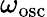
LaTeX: \omega_{\mathrm{osc}}